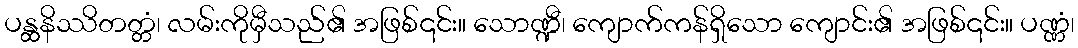
ပန္ထနိဿိတတ္တံ၊ လမ်းကိုမှီသည်၏ အဖြစ်၎င်း။ သောဏ္ဍီ၊ ကျောက်ကန်ရှိသော ကျောင်း၏ အဖြစ်၎င်း။ ပဏ္ဏံ၊